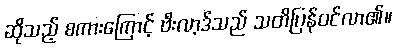
ဆိုသည့် စကားကြောင့် ဗီးလာ့ဒ်သည် သတိပြန်ဝင်လာ၏။